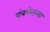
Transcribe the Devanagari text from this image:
यंत्रणेतल्या